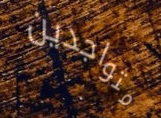
متواجدين